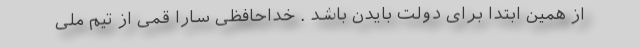
از همین ابتدا برای دولت بایدن باشد . خداحافظی سارا قمی از تیم ملی